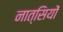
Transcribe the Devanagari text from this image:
नात्सियों